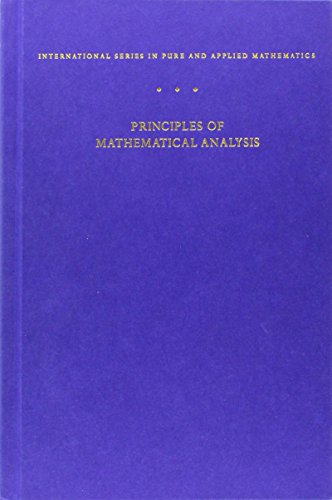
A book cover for Principles of Mathematical Analysis (International Series in Pure and Applied Mathematics); Walter Rudin; Science & Math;